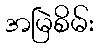
အမြဲစိမ်း